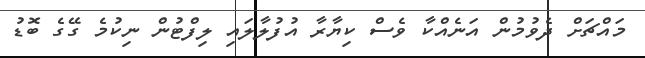
މައްޗަށް ދެވުމުން އަނެއްކާ ވެސް ކިޔާރާ އުފުލާލައި ލިފްޓުން ނިކުމެ ގޭގެ ބޮޑު